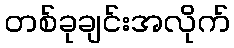
တစ်ခုချင်းအလိုက်